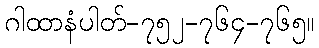
ဂါထာနံပါတ်-၇၅၂-၇၆၄-၇၆၅။